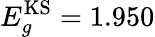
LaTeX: E_{g}^{\mathrm{KS}}=1.950